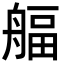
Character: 𦩡